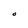
Character: O